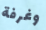
وغرفة